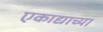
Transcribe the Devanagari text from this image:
एकाद्याच्या